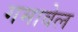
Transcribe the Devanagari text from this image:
गमावेल